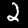
Label: 2